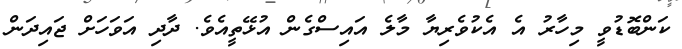
ކަންބޮޑުވީ މިހާރު އެ އެކުވެރިޔާ މާލެ އައިސްގެން އުޅޭތީއެވެ. ދާދި އަވަހަށް ޖައިދަން